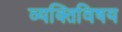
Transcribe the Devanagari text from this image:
व्यक्तिविषय